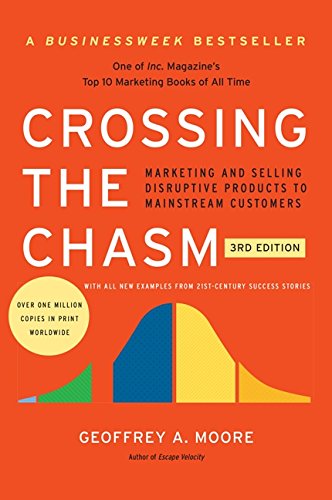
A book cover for Crossing the Chasm, 3rd Edition: Marketing and Selling Disruptive Products to Mainstream Customers (Collins Business Essentials); Geoffrey A. Moore; Business & Money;